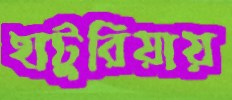
হাটুরিয়ায়